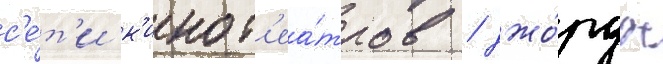
с'е́т'и к'инот'еа́тров / джо́рдж